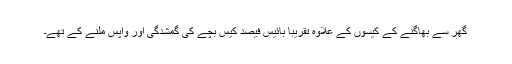
گھر سے بھاگنے کے کیسوں کے علاوہ تقریباً بائیس فیصد کیس بچے کی گمشدگی اور واپس ملنے کے تھے۔